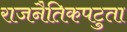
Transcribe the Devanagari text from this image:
राजनैतिकपटुता